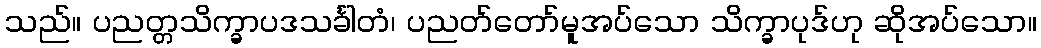
သည်။ ပညတ္တသိက္ခာပဒသင်္ခါတံ၊ ပညတ်တော်မူအပ်သော သိက္ခာပုဒ်ဟု ဆိုအပ်သော။